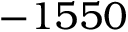
- 1 5 5 0